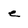
Character: e